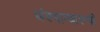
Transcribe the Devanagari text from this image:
घंश्याम्दास्जी